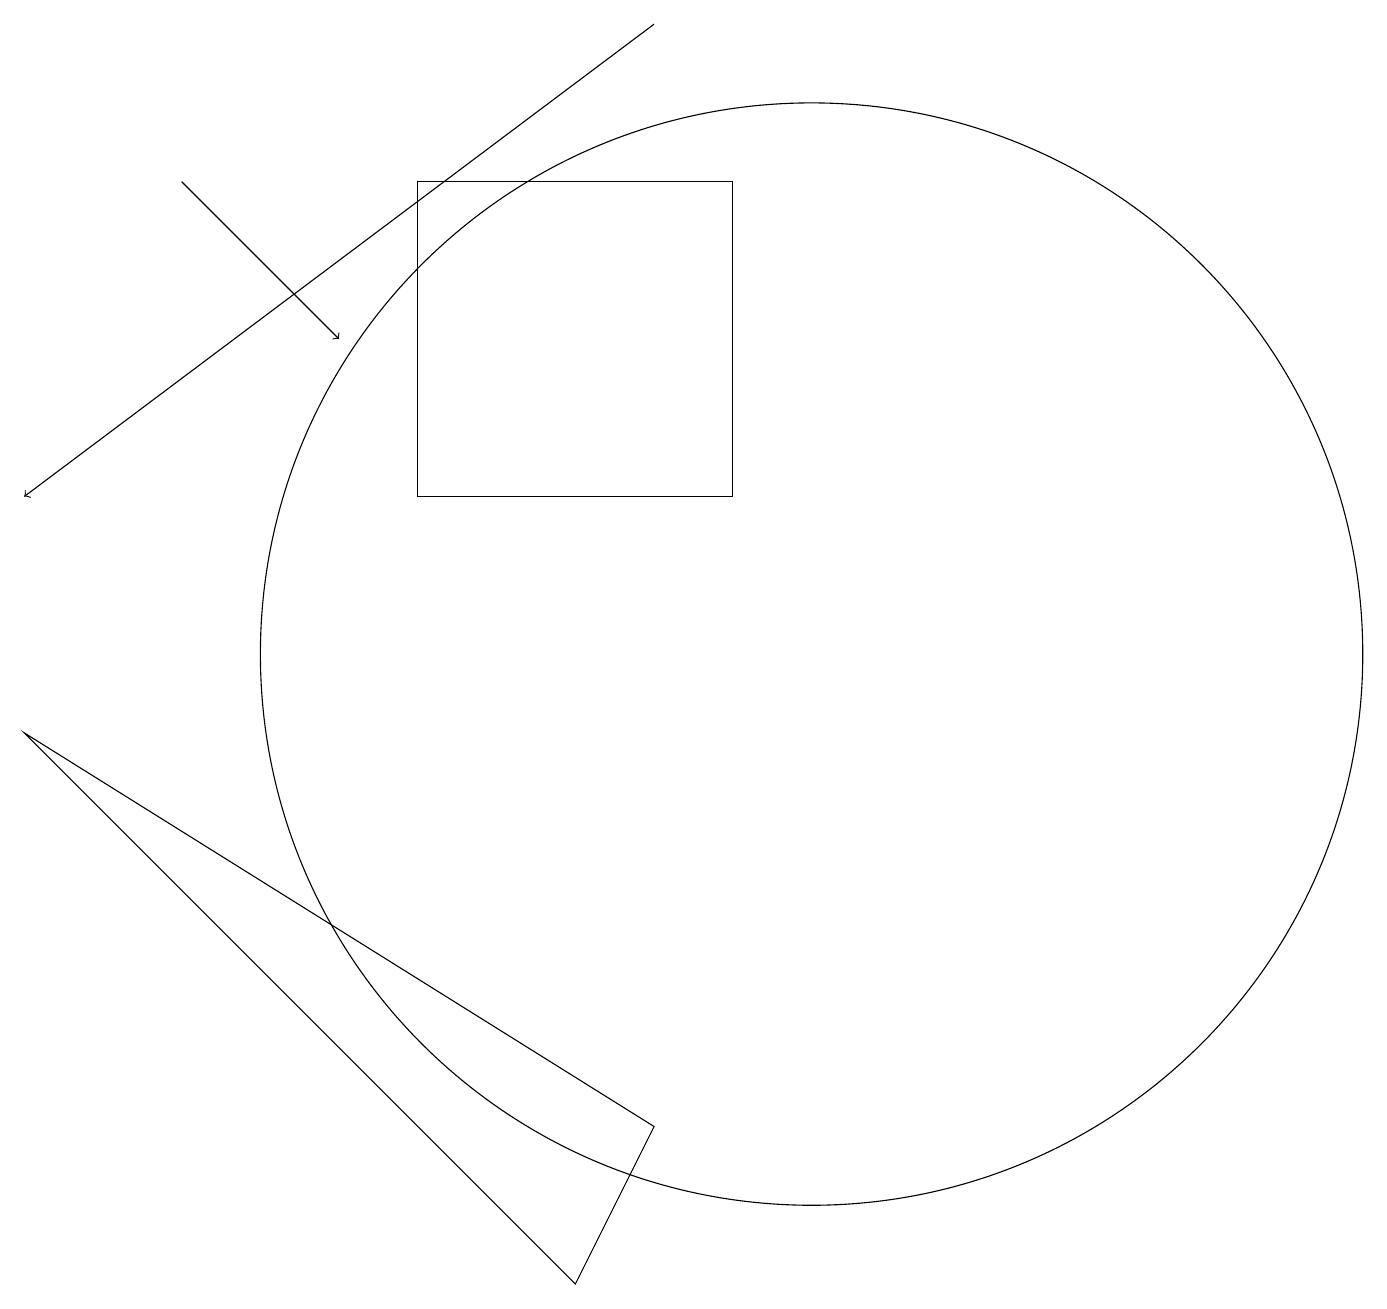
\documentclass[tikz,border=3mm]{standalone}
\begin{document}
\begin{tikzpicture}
\draw (7,2) -- (0,9) -- (8,4) -- cycle;
\draw (10,10) circle (7);
\draw[->] (2,16) -- (4,14);
\draw (9,16) rectangle (5,12);
\draw (10,10) circle (0);
\draw[->] (8,18) -- (0,12);
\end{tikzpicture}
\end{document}